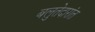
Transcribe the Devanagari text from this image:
बलुतेदारांत